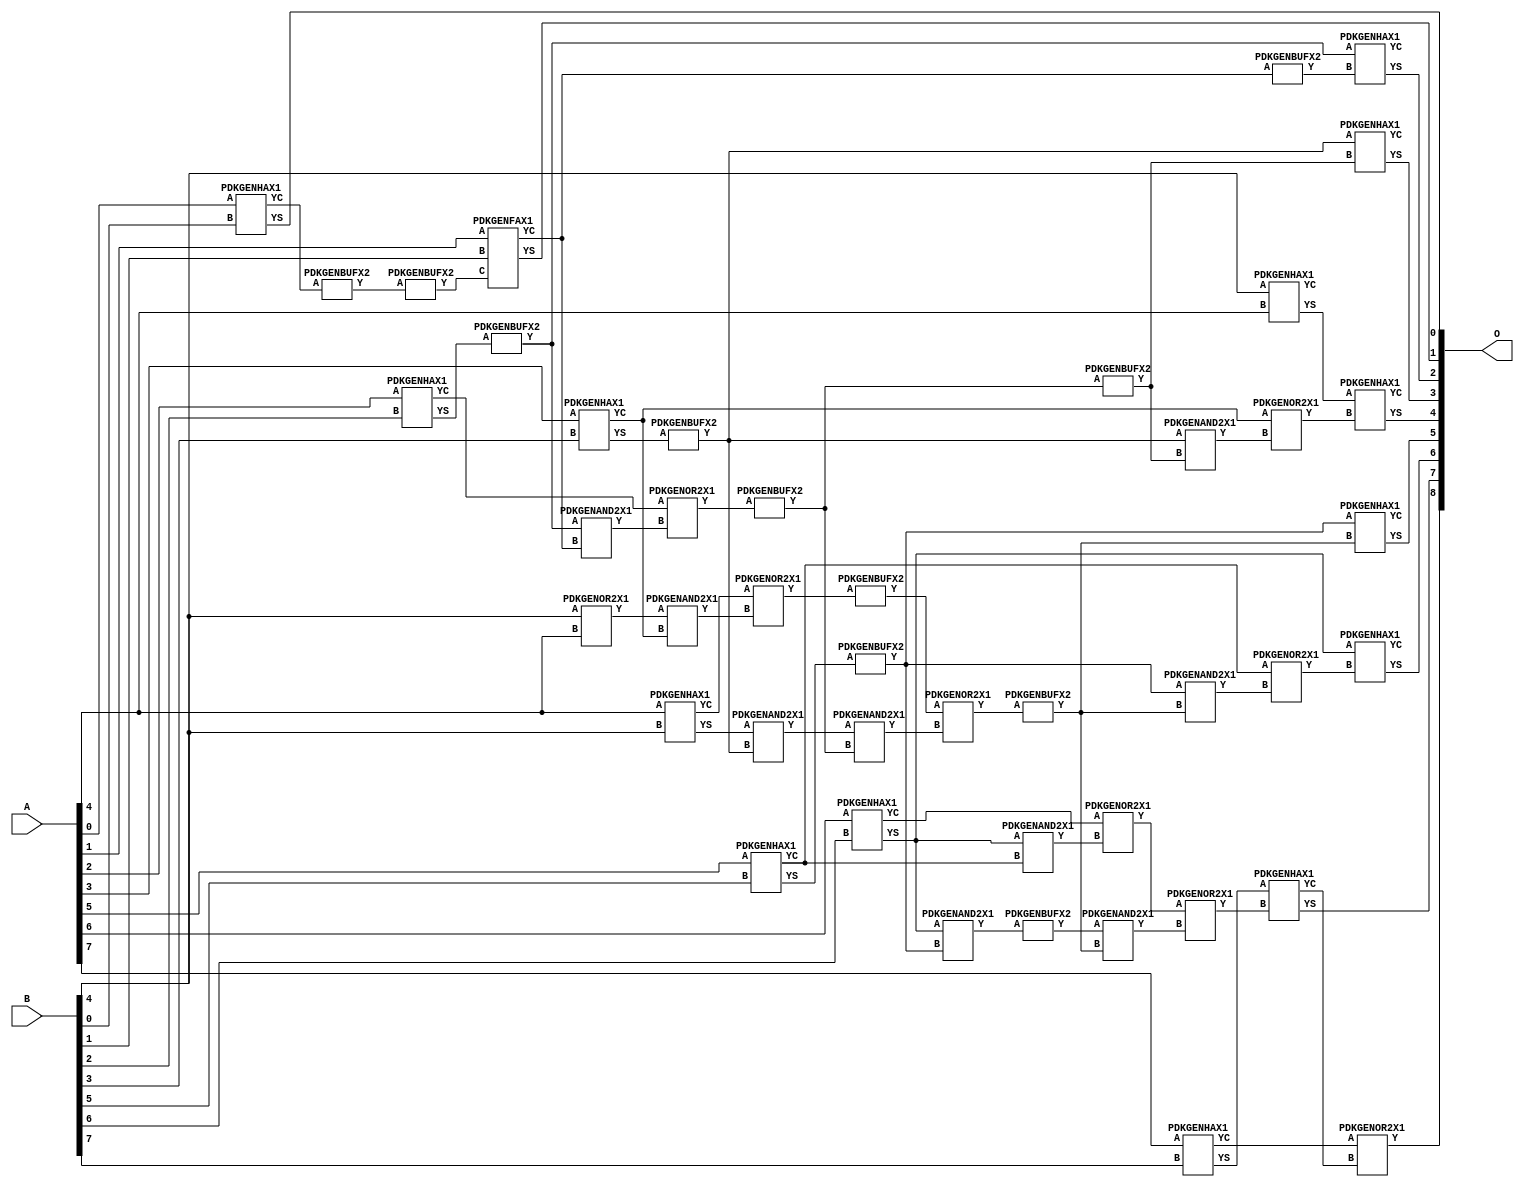
// Library = EvoApprox8b
// Circuit = add8_344
// Area   (180) = 2080
// Delay  (180) = 1.500
// Power  (180) = 737.00
// Area   (45) = 143
// Delay  (45) = 0.640
// Power  (45) = 59.03
// Nodes = 44
// HD = 0
// MAE = 0.00000
// MSE = 0.00000
// MRE = 0.00 %
// WCE = 0
// WCRE = 0 %
// EP = 0.0 %

module add8_344(A, B, O);
  input [7:0] A;
  input [7:0] B;
  output [8:0] O;
  wire [2031:0] N;

  assign N[0] = A[0];
  assign N[1] = A[0];
  assign N[2] = A[1];
  assign N[3] = A[1];
  assign N[4] = A[2];
  assign N[5] = A[2];
  assign N[6] = A[3];
  assign N[7] = A[3];
  assign N[8] = A[4];
  assign N[9] = A[4];
  assign N[10] = A[5];
  assign N[11] = A[5];
  assign N[12] = A[6];
  assign N[13] = A[6];
  assign N[14] = A[7];
  assign N[15] = A[7];
  assign N[16] = B[0];
  assign N[17] = B[0];
  assign N[18] = B[1];
  assign N[19] = B[1];
  assign N[20] = B[2];
  assign N[21] = B[2];
  assign N[22] = B[3];
  assign N[23] = B[3];
  assign N[24] = B[4];
  assign N[25] = B[4];
  assign N[26] = B[5];
  assign N[27] = B[5];
  assign N[28] = B[6];
  assign N[29] = B[6];
  assign N[30] = B[7];
  assign N[31] = B[7];

  PDKGENHAX1 n32(.A(N[0]), .B(N[16]), .YS(N[32]), .YC(N[33]));
  PDKGENBUFX2 n34(.A(N[33]), .Y(N[34]));
  assign N[35] = N[34];
  PDKGENBUFX2 n38(.A(N[35]), .Y(N[38]));
  assign N[39] = N[38];
  PDKGENFAX1 n40(.A(N[2]), .B(N[18]), .C(N[39]), .YS(N[40]), .YC(N[41]));
  PDKGENOR2X1 n46(.A(N[24]), .B(N[8]), .Y(N[46]));
  assign N[47] = N[46];
  PDKGENHAX1 n50(.A(N[4]), .B(N[20]), .YS(N[50]), .YC(N[51]));
  PDKGENBUFX2 n56(.A(N[50]), .Y(N[56]));
  assign N[57] = N[56];
  PDKGENHAX1 n58(.A(N[6]), .B(N[22]), .YS(N[58]), .YC(N[59]));
  PDKGENHAX1 n68(.A(N[8]), .B(N[24]), .YS(N[68]), .YC(N[69]));
  PDKGENHAX1 n78(.A(N[10]), .B(N[26]), .YS(N[78]), .YC(N[79]));
  PDKGENHAX1 n86(.A(N[12]), .B(N[28]), .YS(N[86]), .YC(N[87]));
  PDKGENBUFX2 n90(.A(N[78]), .Y(N[90]));
  assign N[91] = N[90];
  PDKGENHAX1 n96(.A(N[14]), .B(N[30]), .YS(N[96]), .YC(N[97]));
  PDKGENAND2X1 n106(.A(N[56]), .B(N[41]), .Y(N[106]));
  assign N[107] = N[106];
  PDKGENOR2X1 n124(.A(N[51]), .B(N[107]), .Y(N[124]));
  PDKGENBUFX2 n126(.A(N[58]), .Y(N[126]));
  assign N[127] = N[126];
  PDKGENAND2X1 n134(.A(N[47]), .B(N[59]), .Y(N[134]));
  assign N[135] = N[134];
  PDKGENAND2X1 n142(.A(N[68]), .B(N[127]), .Y(N[142]));
  assign N[143] = N[142];
  PDKGENBUFX2 n150(.A(N[124]), .Y(N[150]));
  PDKGENOR2X1 n152(.A(N[69]), .B(N[135]), .Y(N[152]));
  assign N[153] = N[152];
  PDKGENAND2X1 n162(.A(N[86]), .B(N[79]), .Y(N[162]));
  PDKGENAND2X1 n174(.A(N[86]), .B(N[91]), .Y(N[174]));
  assign N[175] = N[174];
  PDKGENOR2X1 n180(.A(N[87]), .B(N[162]), .Y(N[180]));
  assign N[181] = N[180];
  PDKGENBUFX2 n198(.A(N[150]), .Y(N[198]));
  assign N[199] = N[198];
  PDKGENAND2X1 n208(.A(N[143]), .B(N[150]), .Y(N[208]));
  PDKGENBUFX2 n214(.A(N[153]), .Y(N[214]));
  assign N[215] = N[214];
  PDKGENHAX1 n224(.A(N[24]), .B(N[8]), .YS(N[224]), .YC(N[225]));
  PDKGENOR2X1 n226(.A(N[215]), .B(N[208]), .Y(N[226]));
  assign N[227] = N[226];
  PDKGENBUFX2 n244(.A(N[175]), .Y(N[244]));
  PDKGENBUFX2 n272(.A(N[227]), .Y(N[272]));
  assign N[273] = N[272];
  PDKGENAND2X1 n282(.A(N[244]), .B(N[273]), .Y(N[282]));
  PDKGENOR2X1 n292(.A(N[181]), .B(N[282]), .Y(N[292]));
  assign N[293] = N[292];
  PDKGENBUFX2 n310(.A(N[41]), .Y(N[310]));
  PDKGENAND2X1 n320(.A(N[127]), .B(N[199]), .Y(N[320]));
  PDKGENOR2X1 n328(.A(N[59]), .B(N[320]), .Y(N[328]));
  PDKGENAND2X1 n338(.A(N[91]), .B(N[272]), .Y(N[338]));
  PDKGENOR2X1 n348(.A(N[79]), .B(N[338]), .Y(N[348]));
  assign N[349] = N[348];
  PDKGENHAX1 n366(.A(N[57]), .B(N[310]), .YS(N[366]), .YC(N[367]));
  PDKGENHAX1 n376(.A(N[126]), .B(N[198]), .YS(N[376]), .YC(N[377]));
  PDKGENHAX1 n384(.A(N[224]), .B(N[328]), .YS(N[384]), .YC(N[385]));
  PDKGENHAX1 n394(.A(N[90]), .B(N[272]), .YS(N[394]), .YC(N[395]));
  PDKGENHAX1 n404(.A(N[86]), .B(N[349]), .YS(N[404]), .YC(N[405]));
  PDKGENHAX1 n412(.A(N[96]), .B(N[293]), .YS(N[412]), .YC(N[413]));
  PDKGENOR2X1 n422(.A(N[97]), .B(N[413]), .Y(N[422]));

  assign O[0] = N[32];
  assign O[1] = N[40];
  assign O[2] = N[366];
  assign O[3] = N[376];
  assign O[4] = N[384];
  assign O[5] = N[394];
  assign O[6] = N[404];
  assign O[7] = N[412];
  assign O[8] = N[422];

endmodule
/* mod */
module PDKGENAND2X1(input A, input B, output Y );
     assign Y = A & B;
endmodule
/* mod */
module PDKGENOR2X1(input A, input B, output Y );
     assign Y = A | B;
endmodule
/* mod */
module PDKGENHAX1( input A, input B, output YS, output YC );
    assign YS = A ^ B;
    assign YC = A & B;
endmodule
/* mod */
module PDKGENFAX1( input A, input B, input C, output YS, output YC );
    assign YS = (A ^ B) ^ C;
    assign YC = (A & B) | (B & C) | (A & C);
endmodule
/* mod */
module PDKGENBUFX2(input A, output Y );
     assign Y = A;
endmodule